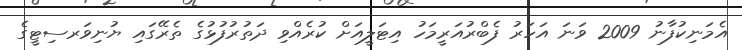
އެމަނިކުފާނު 2009 ވަނަ އަހަރު ފެބްރުއަރީމަހު އިޓަލީއަށް ކުރެއްވި ދަތުރުފުޅުގެ ތެރޭގައި ޔުނިވަރސިޓީގެ